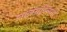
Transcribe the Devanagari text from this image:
लालसव्न्लिनी